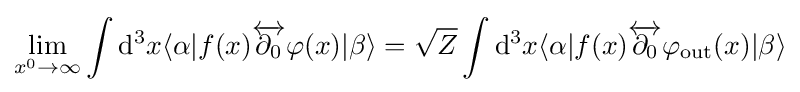
\lim _{x^{0}\to \infty }\int \mathrm {d} ^{3}x\langle \alpha |f(x){\overleftrightarrow {\partial _{0}}}\varphi (x)|\beta \rangle ={\sqrt {Z}}\int \mathrm {d} ^{3}x\langle \alpha |f(x){\overleftrightarrow {\partial _{0}}}\varphi _{\mathrm {out} }(x)|\beta \rangle